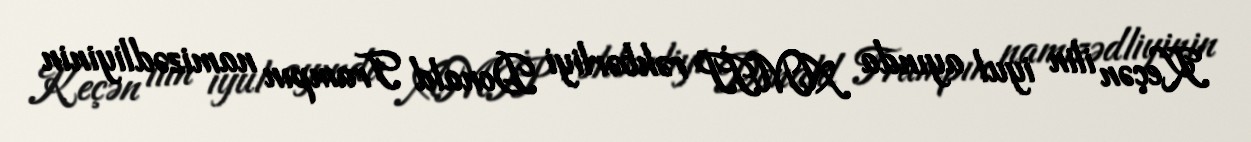
Keçən ilin iyul ayında AMİP rəhbərliyi Donald Trampın namizədliyinin